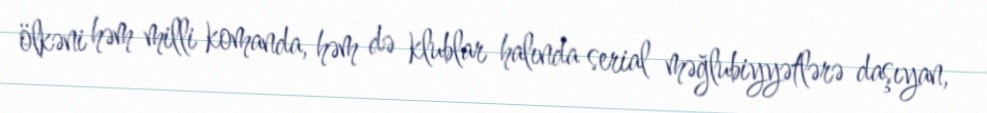
ölkəni həm milli komanda, həm də klublar halında serial məğlubiyyətlərə daşıyan,